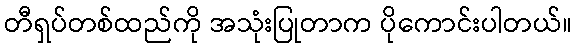
တီရှပ်တစ်ထည်ကို အသုံးပြုတာက ပိုကောင်းပါတယ်။